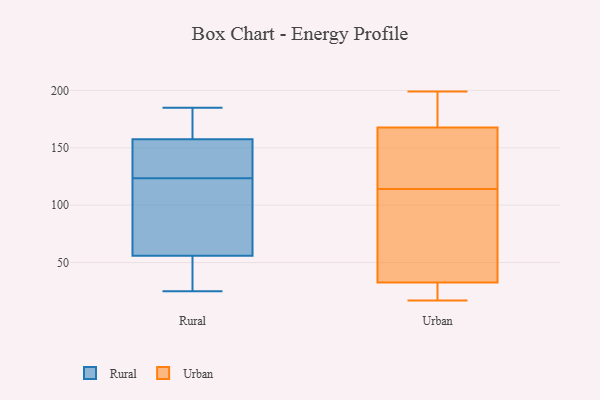
{"axis": {"x": "Conversion Rate (%)", "y": "Value"}, "legend": ["Rural", "Urban"], "data": [{"x": "", "y": 25, "type": "Rural"}, {"x": "", "y": 185, "type": "Rural"}, {"x": "", "y": 106, "type": "Rural"}, {"x": "", "y": 78, "type": "Rural"}, {"x": "", "y": 179, "type": "Rural"}, {"x": "", "y": 153, "type": "Rural"}, {"x": "", "y": 29, "type": "Rural"}, {"x": "", "y": 81, "type": "Rural"}, {"x": "", "y": 147, "type": "Rural"}, {"x": "", "y": 144, "type": "Rural"}, {"x": "", "y": 109, "type": "Rural"}, {"x": "", "y": 138, "type": "Rural"}, {"x": "", "y": 163, "type": "Rural"}, {"x": "", "y": 33, "type": "Rural"}, {"x": "", "y": 162, "type": "Rural"}, {"x": "", "y": 34, "type": "Rural"}, {"x": "", "y": 173, "type": "Urban"}, {"x": "", "y": 81, "type": "Urban"}, {"x": "", "y": 22, "type": "Urban"}, {"x": "", "y": 36, "type": "Urban"}, {"x": "", "y": 148, "type": "Urban"}, {"x": "", "y": 166, "type": "Urban"}, {"x": "", "y": 119, "type": "Urban"}, {"x": "", "y": 104, "type": "Urban"}, {"x": "", "y": 199, "type": "Urban"}, {"x": "", "y": 114, "type": "Urban"}, {"x": "", "y": 179, "type": "Urban"}, {"x": "", "y": 17, "type": "Urban"}, {"x": "", "y": 17, "type": "Urban"}]}